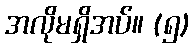
အလိုမရှိအပ်။ (၅)